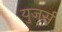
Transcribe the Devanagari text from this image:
युजर्स